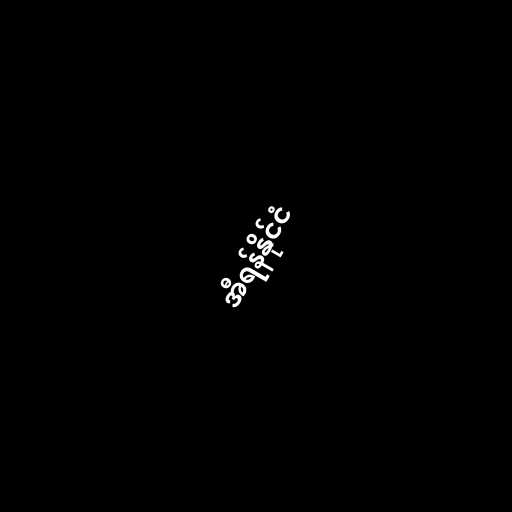
အီရန်နိုင်ငံ